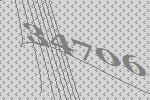
34706